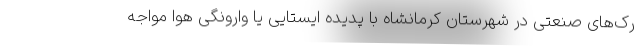
رک‌های صنعتی در شهرستان کرمانشاه با پدیده ایستایی یا وارونگی هوا مواجه